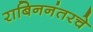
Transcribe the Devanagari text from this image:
राबिननंतरचे